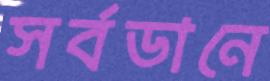
সর্বডানে